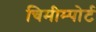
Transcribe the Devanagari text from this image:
चिमीम्पोर्ट